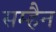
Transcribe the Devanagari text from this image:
सम्हैन